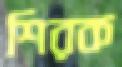
শিরক